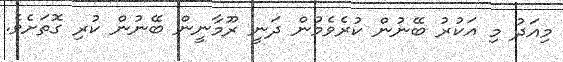
މިއަދު މި އަކުރު ބޭނުން ކުރެވެމުން ދަނީ ރޫމާނީން ބޭނުން ކުރި ގޮތަށެވެ.